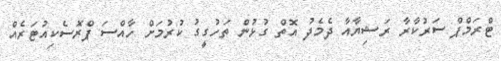
ޓްރަމްޕް ސަރުކާރާ ރަޝިޔާއާ ދެމެދު އޮތް ގުޅުން ތަހުގީގު ކުރުމަށް ހާއްސަ ޕްރޮސެކިއުޓަރެއް